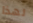
لهذا